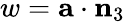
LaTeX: w=\mathbf{a}\cdot\mathbf{n}_{3}